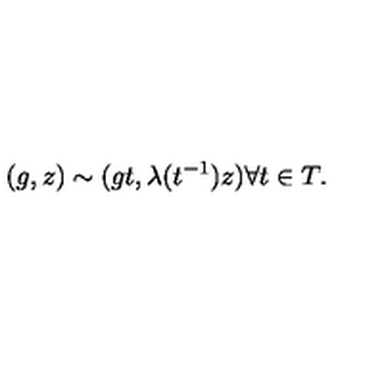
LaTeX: ( g , z ) \sim ( g t , \lambda ( t ^ { - 1 } ) z ) \forall t \in T .